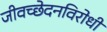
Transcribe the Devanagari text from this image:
जीवच्छेदनविरोधी